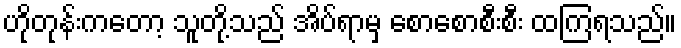
ဟိုတုန်းကတော့ သူတို့သည် အိပ်ရာမှ စောစောစီးစီး ထကြရသည်။